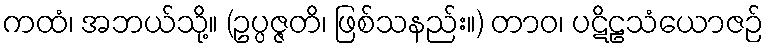
ကထံ၊ အဘယ်သို့။ (ဥပ္ပဇ္ဇတိ၊ ဖြစ်သနည်း။) တာဝ၊ ပဋိဠသံယောဇဉ်